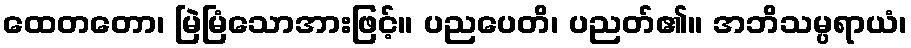
ထေတတော၊ မြဲမြံသောအားဖြင့်။ ပညပေတိ၊ ပညတ်၏။ အဘိသမ္ပရာယံ၊